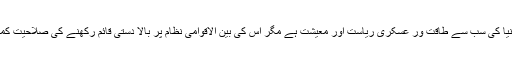
امریکہ آج بھی دنیا کی سب سے طاقت ور عسکری ریاست اور معیشت ہے مگر اس کی بین الاقوامی نظام پر بالا دستی قائم رکھنے کی صلاحیت کمزور پڑ گئی ہے۔